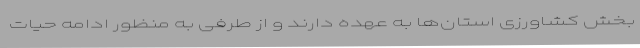
بخش کشاورزی استان‌ها به‌ عهده دارند و از طرفی به منظور ادامه حیات